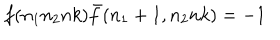
LaTeX: f ( n _ { 1 } n _ { 2 } n k ) { \bar { f } } ( n _ { 1 } + 1 , n _ { 2 } n k ) = - 1